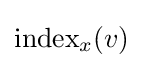
\operatorname {index} _{x}(v)